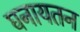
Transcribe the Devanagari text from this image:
घनायतन